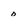
Character: o